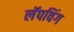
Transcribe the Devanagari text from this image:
लॅपविंग